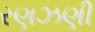
રણઝણી